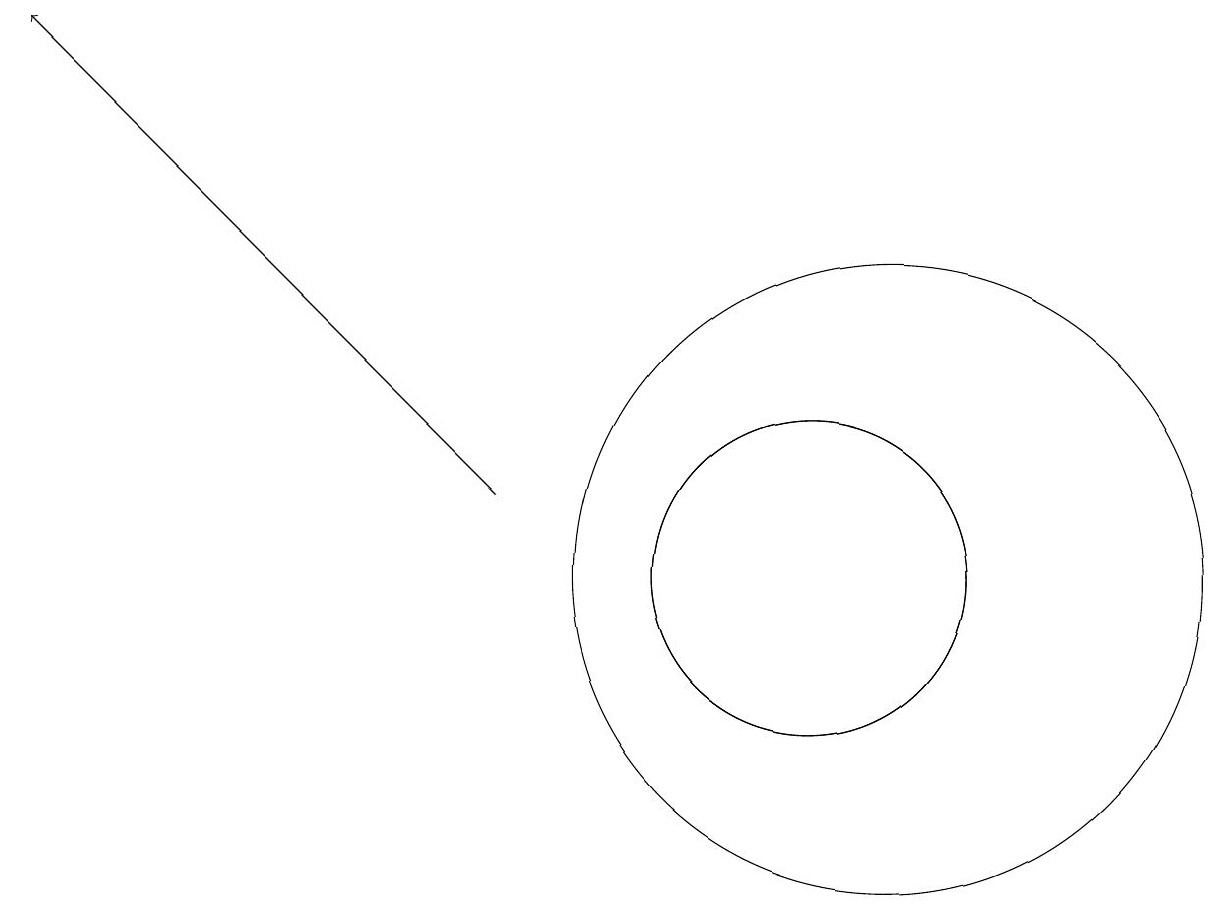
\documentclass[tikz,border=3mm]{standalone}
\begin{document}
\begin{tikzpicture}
\draw (10,10) circle (2);
\draw (10,10) circle (2);
\draw (11,10) circle (4);
\draw[->] (6,11) -- (0,17);
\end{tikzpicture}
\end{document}